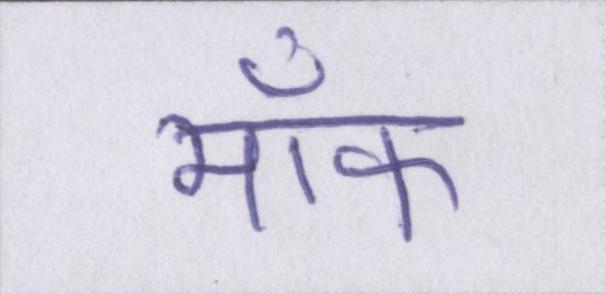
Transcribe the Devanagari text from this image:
मॉफ